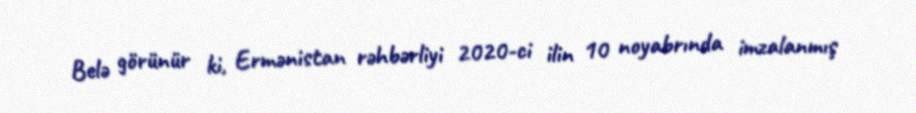
Belə görünür ki, Ermənistan rəhbərliyi 2020-ci ilin 10 noyabrında imzalanmış